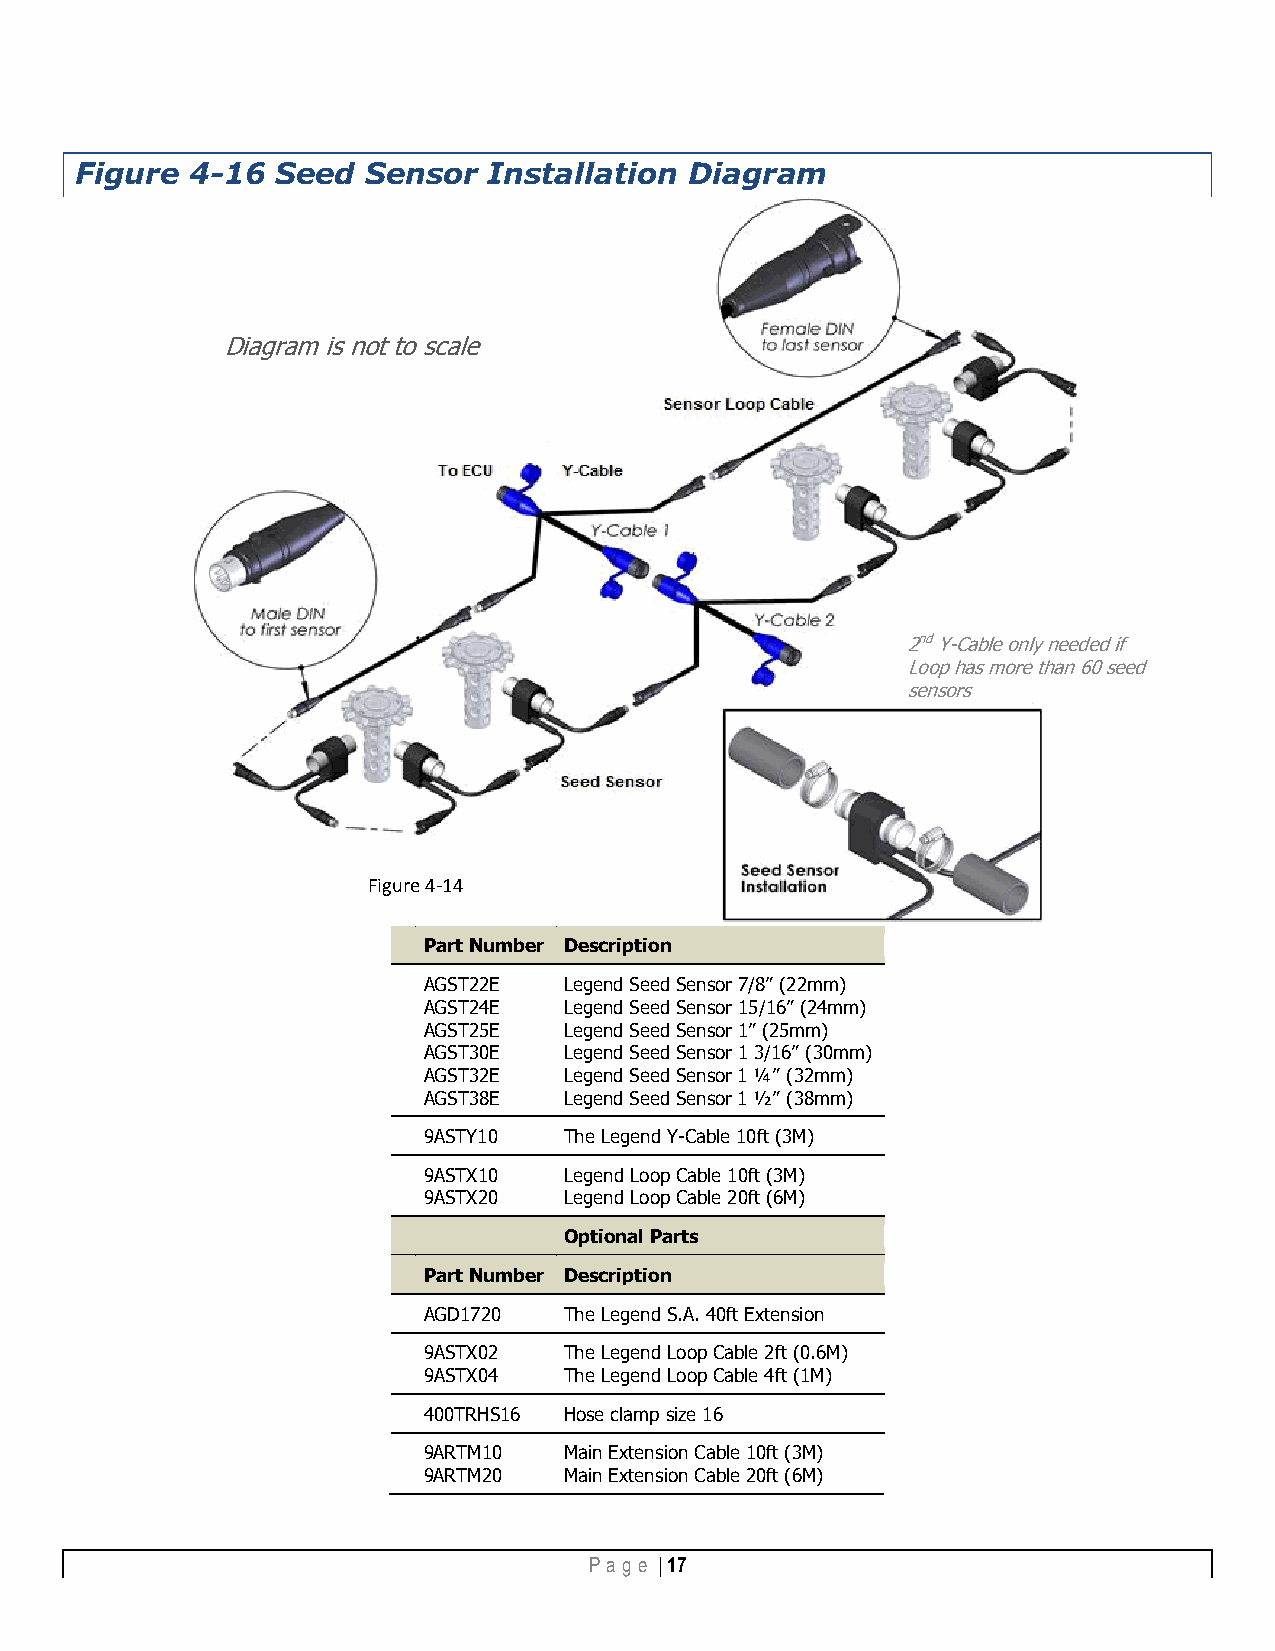
Figure  4-16 Seed  Sensor  Installation  Diagram
 Diagram is not to scale
 2nd Y-Cable only needed if
 Loop has more than 60 seed
 sensors
 Figure 4-14
 Part Number Description
 AGST22E  Legend Seed Sensor 7/8” (22mm)
 AGST24E  Legend Seed Sensor 15/16” (24mm)
 AGST25E  Legend Seed Sensor 1” (25mm)
 AGST30E  Legend Seed Sensor 1 3/16” (30mm)
 AGST32E  Legend Seed Sensor 1 ¼” (32mm)
 AGST38E  Legend Seed Sensor 1 ½” (38mm)
 9ASTY10  The Legend Y-Cable 10ft (3M)
 9ASTX10  Legend Loop Cable 10ft (3M)
 9ASTX20  Legend Loop Cable 20ft (6M)
 Optional Parts
 Part Number Description
 AGD1720  The Legend S.A. 40ft Extension
 9ASTX02  The Legend Loop Cable 2ft (0.6M)
 9ASTX04  The Legend Loop Cable 4ft (1M)
 400TRHS16 Hose clamp size 16
 9ARTM10  Main Extension Cable 10ft (3M)
 9ARTM20  Main Extension Cable 20ft (6M)
 Pa g e | 17